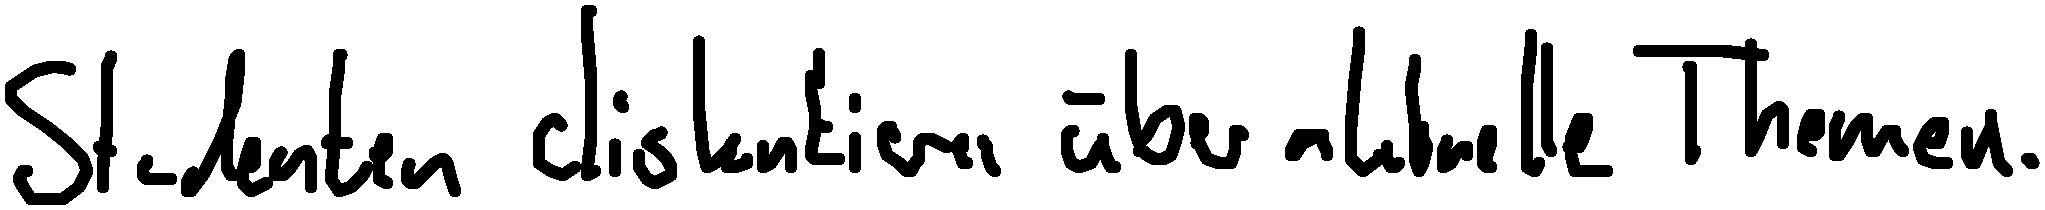
Studenten diskutieren über aktuelle Themen.